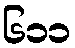
၆၁၁